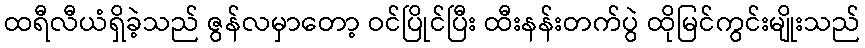
ထရီလီယံရှိခဲ့သည် ဇွန်လမှာတော့ ဝင်ပြိုင်ပြီး ထီးနန်းတက်ပွဲ ထိုမြင်ကွင်းမျိုးသည်